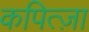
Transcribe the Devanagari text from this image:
कपित्ज़ा